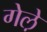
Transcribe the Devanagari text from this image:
गेले़